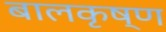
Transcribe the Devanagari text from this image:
बालकृष्‍ण